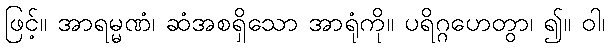
ဖြင့်။ အာရမ္မဏံ၊ ဆံအစရှိသော အာရုံကို။ ပရိဂ္ဂဟေတွာ၊ ၍။ ဝါ၊